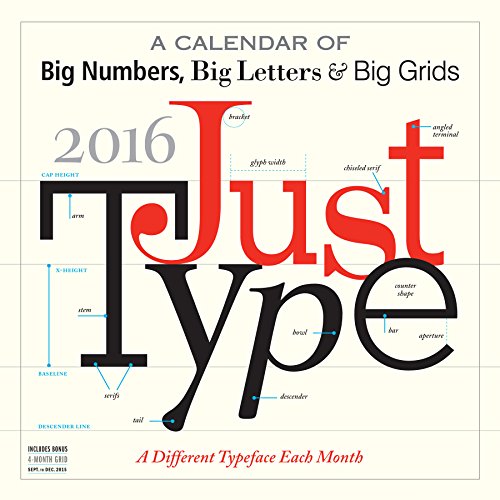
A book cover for Just Type 2016 Wall Calendar; Workman Publishing; Arts & Photography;